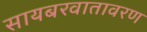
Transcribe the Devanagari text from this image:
सायबरवातावरण